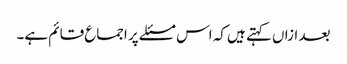
بعد ازاں کہتے ہیں کہ اس مسئلے پر اجماع قائم ہے۔